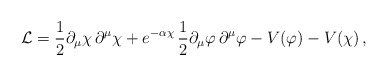
\begin{align*}{\cal L}=\frac{1}{2}\partial_\mu \chi\, \partial^\mu \chi + e^{-\alpha \chi} \,\frac{1}{2}\partial_\mu \varphi \,\partial^\mu \varphi -V(\varphi)-V(\chi)\, ,\end{align*}